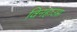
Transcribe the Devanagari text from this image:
विनहाउस